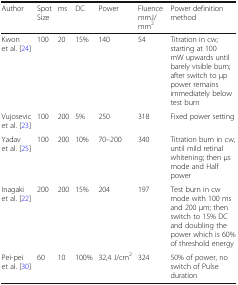
| Author | Spot Size | ms | DC | Power | FluencemmJ/mm2 | Power definition method |
 | --- | --- | --- | --- | --- | --- | --- |
 | Kwon et al. [24] | 100 | 20 | 15% | 140 | 54 | Titration in cw; starting at 100 mW upwards until barely visible burn; after switch to μp power remains immediately below test burn |
 | Vujosevic et al. [23] | 100 | 200 | 5% | 250 | 318 | Fixed power setting |
 | Yadav et al. [25] | 100 | 200 | 10% | 70–200 | 340 | Titration burn in cw, until mild retinal whitening; then μs mode and Half power |
 | Inagaki et al. [22] | 200 | 200 | 15% | 204 | 197 | Test burn in cw mode with 100 ms and 200 μm; then switch to 15% DC and doubling the power which is 60% of threshold energy |
 | Pei-pei et al. [30] | 60 | 10 | 100% | 32,4 J/cm2 | 324 | 50% of power, no switch of Pulse duration |